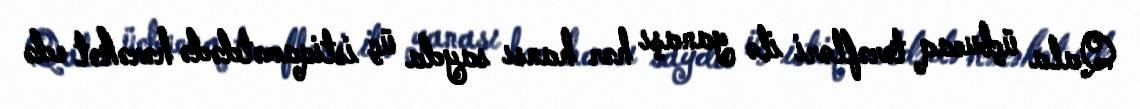
Qala üçbucaq tərəfləri ilə yanaşı hər hansı sayda üç istiqamətdədə hərəkət edə